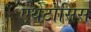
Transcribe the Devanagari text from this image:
एथेटोसिस